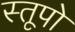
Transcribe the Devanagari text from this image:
स्‍तूपो